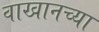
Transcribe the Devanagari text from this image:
वाखानच्या